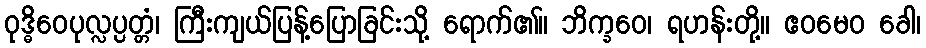
ဝုဒ္ဓိဝေပုလ္လပ္ပတ္တံ၊ ကြီးကျယ်ပြန့်ပြောခြင်းသို့ ရောက်၏။ ဘိက္ခဝေ၊ ရဟန်းတို့။ ဧဝမေဝ ခေါ၊